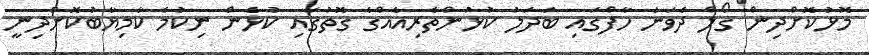
މޮޅުކޮށްދިން ގޯލް ދެވަނަ ހާފްގައި ބަދަލު ކުޅުންތެރިއެއްގެ ގޮތުގައި ކުޅެން ނިކުމެ ކާމިޔާބުކޮށްދިނީ